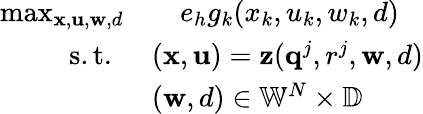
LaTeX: \begin{array}{rl}{\operatorname*{max}_{\mathbf{x},\mathbf{u},\mathbf{w},d}}&{\quad e_{h}g_{k}(x_{k},u_{k},w_{k},d)}\\ {\quad\mathrm{s.t.~}}&{(\mathbf{x},\mathbf{u})=\mathbf{z}(\mathbf{q}^{j},r^{j},\mathbf{w},d)}\\ &{(\mathbf{w},d)\in\mathbb{W}^{N}\times\mathbb{D}}\end{array}